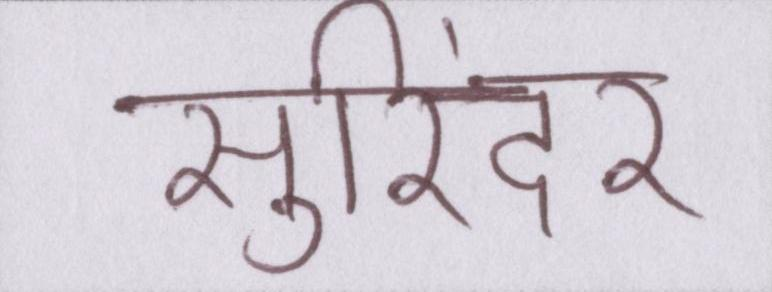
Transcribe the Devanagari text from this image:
सुरिंदर